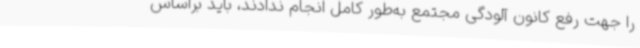
را جهت رفع کانون آلودگی مجتمع به‌طور کامل انجام ندادند، باید براساس